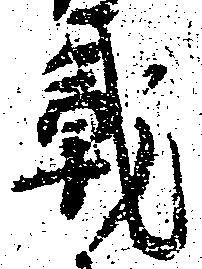
戦